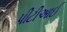
પીટીઆઈ